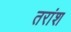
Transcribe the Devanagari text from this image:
तरांश